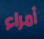
أمراء